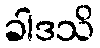
ခါဒသိ